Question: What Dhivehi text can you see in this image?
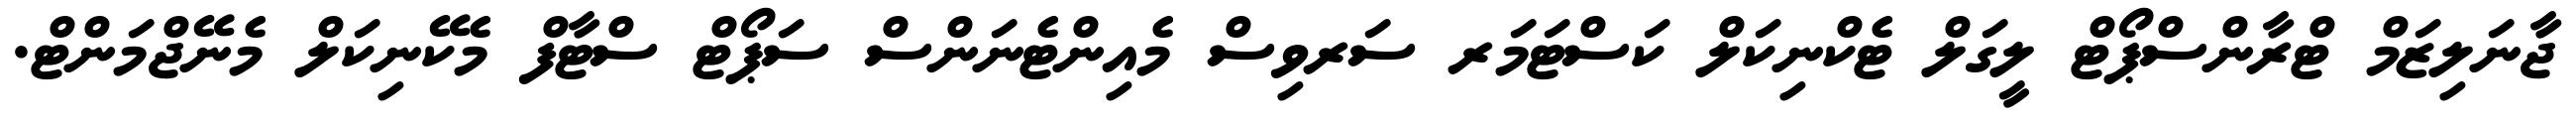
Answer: ޖާނަލިޒަމް ޓްރާންސްޕޯޓް ލީގަލް ޓެކްނިކަލް ކަސްޓަމަރ ސަރވިސް މެއިންޓެނަންސް ސަޕޯޓް ސްޓާފް މެކޭނިކަލް މެނޭޖްމަންޓް.